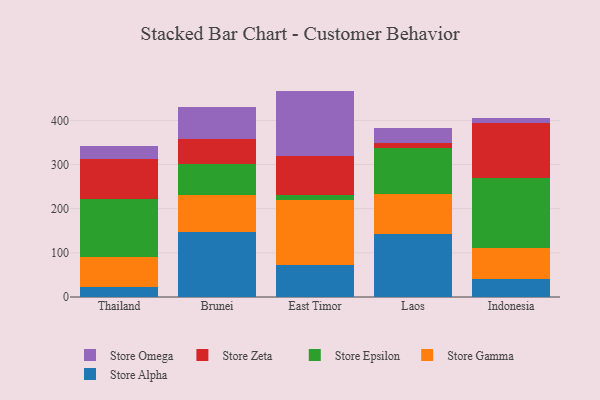
{"axis": {"x": "Country", "y": "Conversion Rate (%)"}, "legend": ["Store Alpha", "Store Epsilon", "Store Gamma", "Store Omega", "Store Zeta"], "data": [{"x": "Thailand", "y": 23.3, "type": "Store Alpha"}, {"x": "Thailand", "y": 66.3, "type": "Store Gamma"}, {"x": "Thailand", "y": 131.5, "type": "Store Epsilon"}, {"x": "Thailand", "y": 92.4, "type": "Store Zeta"}, {"x": "Thailand", "y": 29.1, "type": "Store Omega"}, {"x": "Brunei", "y": 148.0, "type": "Store Alpha"}, {"x": "Brunei", "y": 84.0, "type": "Store Gamma"}, {"x": "Brunei", "y": 68.2, "type": "Store Epsilon"}, {"x": "Brunei", "y": 57.4, "type": "Store Zeta"}, {"x": "Brunei", "y": 73.3, "type": "Store Omega"}, {"x": "East Timor", "y": 72.8, "type": "Store Alpha"}, {"x": "East Timor", "y": 146.7, "type": "Store Gamma"}, {"x": "East Timor", "y": 10.7, "type": "Store Epsilon"}, {"x": "East Timor", "y": 89.4, "type": "Store Zeta"}, {"x": "East Timor", "y": 147.4, "type": "Store Omega"}, {"x": "Laos", "y": 142.7, "type": "Store Alpha"}, {"x": "Laos", "y": 89.6, "type": "Store Gamma"}, {"x": "Laos", "y": 105.5, "type": "Store Epsilon"}, {"x": "Laos", "y": 10.5, "type": "Store Zeta"}, {"x": "Laos", "y": 33.5, "type": "Store Omega"}, {"x": "Indonesia", "y": 41.4, "type": "Store Alpha"}, {"x": "Indonesia", "y": 68.5, "type": "Store Gamma"}, {"x": "Indonesia", "y": 159.9, "type": "Store Epsilon"}, {"x": "Indonesia", "y": 123.7, "type": "Store Zeta"}, {"x": "Indonesia", "y": 12.9, "type": "Store Omega"}]}